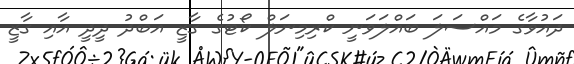
ދައުވާގެ މައްސަލަ ބައްލަވަނީ ކްރިމިނަލް ކޯޓުގެ ގާޒީ އަބްދު ދީދީ އާއި ގާޒީ